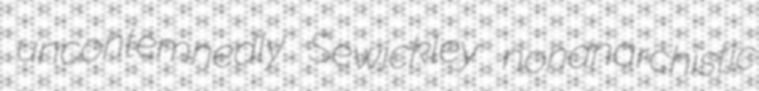
uncontemnedly Sewickley nonanarchistic